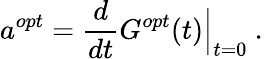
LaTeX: a^{opt}=\frac{d}{dt}G^{opt}(t)\Big|_{t=0}\mathrm{~.~}